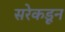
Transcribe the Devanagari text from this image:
सरेकडून